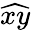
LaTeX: \widehat{xy}